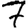
Digit: 7